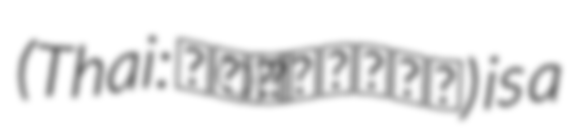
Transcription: (Thai: ท่านางงาม) is a